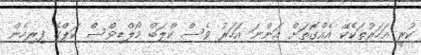
ކުރީ އަހަރުތަކެކޭ އެއްގޮތަށް އަންނަ އަހަރު ވެސް ކްލަބް މޯލްޑިވްސް ކަޕްގެ ފިރިހެން